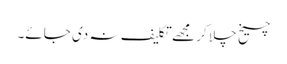
چیخ چلا کر مجھے تکلیف نہ دی جائے۔